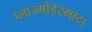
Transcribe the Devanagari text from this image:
प्लाज्मोडेस्माटा